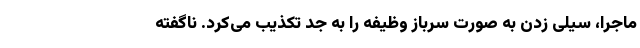
ماجرا، سیلی زدن به صورت سرباز وظیفه را به جد تکذیب می‌کرد. ناگفته